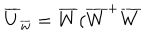
\overline { { { U } } } _ { \overline { { { w } } } } = \overline { { { W } } } ( \overline { { { W } } } ^ { + } \overline { { { W } } }